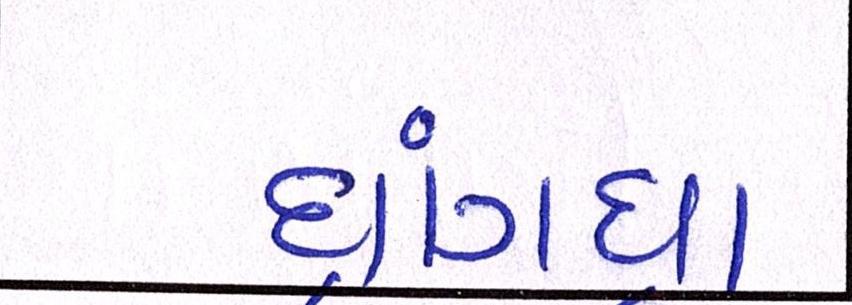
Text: ધ્રાંગધ્રા